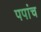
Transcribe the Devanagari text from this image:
पपांच